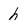
Character: h